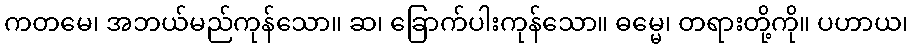
ကတမေ၊ အဘယ်မည်ကုန်သော။ ဆ၊ ခြောက်ပါးကုန်သော။ ဓမ္မေ၊ တရားတို့ကို။ ပဟာယ၊